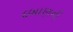
દબાણની